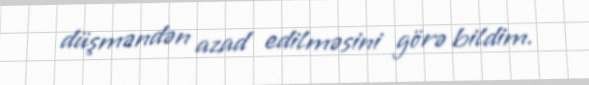
düşməndən azad edilməsini görə bildim.